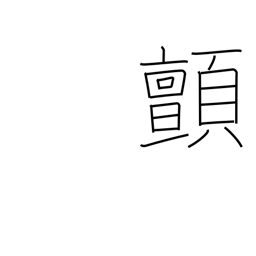
Meaning: shudder